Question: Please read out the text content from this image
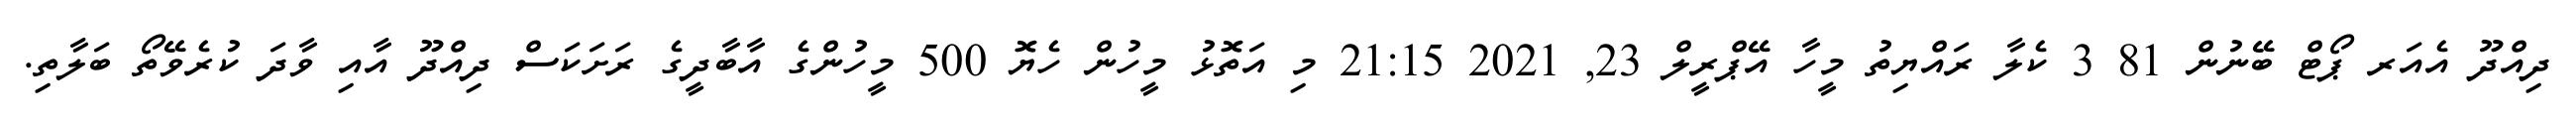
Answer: ދިއްދޫ އެއަރ ޕޯޓް ބޭނުން 81 3 ކެލާ ރައްޔިތު މީހާ އޭޕްރީލް 23, 2021 21:15 މި އަތޮޅު މީހުން ހެޔޮ 500 މީހުންގެ އާބާދީގެ ރަށަކަސް ދިއްދޫ އާއި ވާދަ ކުރެވޭތޯ ބަލާތި.